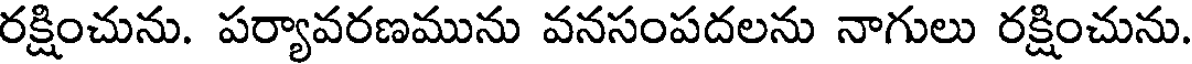
రక్షించును. పర్యావరణమును వనసంపదలను నాగులు రక్షించును.